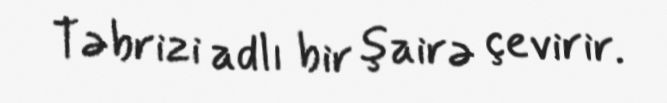
Təbrizi adlı bir şairə çevirir.